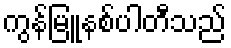
ကွန်မြူနစ်ပါတီသည်